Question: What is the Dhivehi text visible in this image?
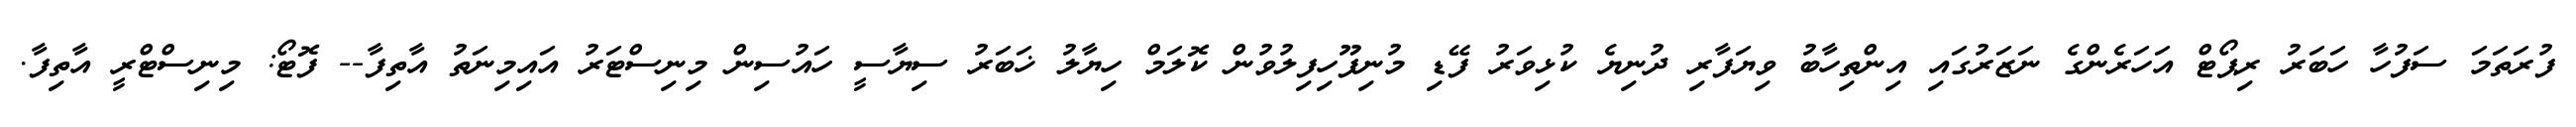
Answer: ފުރަތަމަ ސަފުހާ ހަބަރު ރިޕޯޓް އަހަރެންގެ ނަޒަރުގައި އިންތިހާބު ވިޔަފާރި ދުނިޔެ ކުޅިވަރު ފޭޑި މުނިފޫހިފިލުވުން ކޮލަމް ހިޔާލު ޚަބަރު ސިޔާސީ ހައުސިން މިނިސްޓަރު އައިމިނަތު އާތިފާ-- ފޮޓޯ: މިނިސްޓްރީ އާތިފާ.